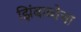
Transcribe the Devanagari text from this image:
झिंबाब्वेचा